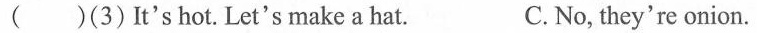
(3)It's hot. Let's make a hat. C.No, they're onion.